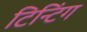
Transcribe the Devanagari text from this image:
टिन्टिंग